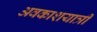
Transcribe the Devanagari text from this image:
अवकाशयात्री